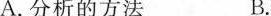
A.分析的方法 B.综合的方法